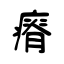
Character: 瘠